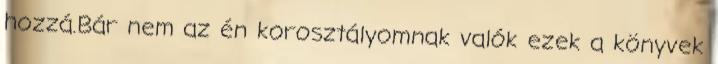
hozzá.Bár nem az én korosztályomnak valók ezek a könyvek